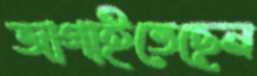
জাগাইতেছেন